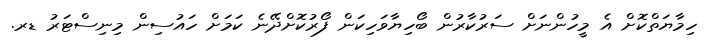
ހިމާޔަތްކޮށް އެ މީހުންނަށް ސަރުކާރުން ބޯހިޔާވަހިކަން ފޯރުކޮށްދޭނެ ކަމަށް ހައުސިން މިނިސްޓަރު ޑރ.